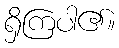
ရှိကြပါ၏။